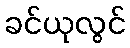
ခင်ယုလွင်